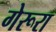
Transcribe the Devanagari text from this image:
गेरूरा